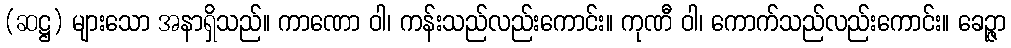
(ဆဋ္ဌ) များသော အနာရှိသည်။ ကာဏော ဝါ၊ ကန်းသည်လည်းကောင်း။ ကုဏီ ဝါ၊ ကောက်သည်လည်းကောင်း။ ခေဉ္ဇာ